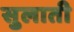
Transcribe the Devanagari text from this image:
सुलाती